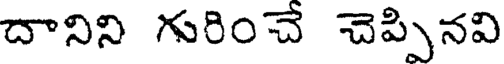
దానిని గురించే చెప్పినవి